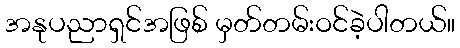
အနုပညာရှင်အဖြစ် မှတ်တမ်းဝင်ခဲ့ပါတယ်။